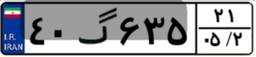
۴۰گ۶۳۵۲۱